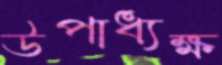
উপাধ্যক্ষ